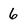
Character: 6